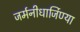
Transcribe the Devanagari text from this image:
जर्मनीधार्जिण्या